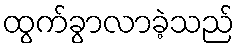
ထွက်ခွာလာခဲ့သည်